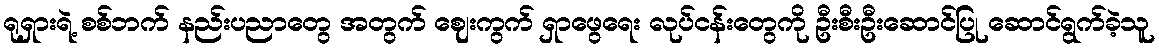
ရုရှားရဲ့ စစ်ဘက် နည်းပညာတွေ အတွက် ဈေးကွက် ရှာဖွေရေး လုပ်ငန်းတွေကို ဦးစီးဦးဆောင်ပြု ဆောင်ရွက်ခဲ့သူ